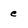
Character: e